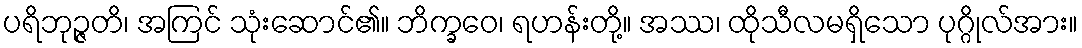
ပရိဘုဉ္ဇတိ၊ အကြင် သုံးဆောင်၏။ ဘိက္ခဝေ၊ ရဟန်းတို့။ အဿ၊ ထိုသီလမရှိသော ပုဂ္ဂိုလ်အား။